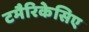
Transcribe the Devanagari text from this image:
टमैरिकेसिए